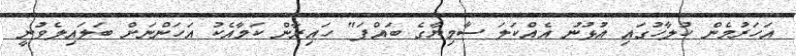
އަހަރުމެން ކުލާހުގައި އުޅުނު އެއްކަލަ ސާމިޔާގެ ބައްޕަ" ހައިރާން ކަމާއެކު އަހަންނަށް ބަލައިލެވުނީ